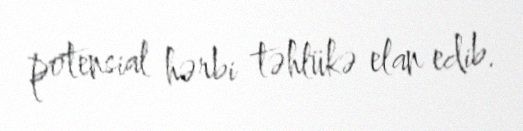
potensial hərbi təhlükə elan edib.